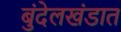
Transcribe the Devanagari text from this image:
बुंदेलखंडात